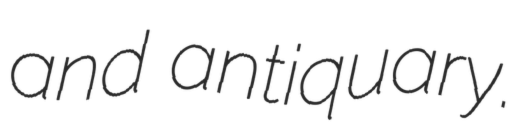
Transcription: and antiquary.